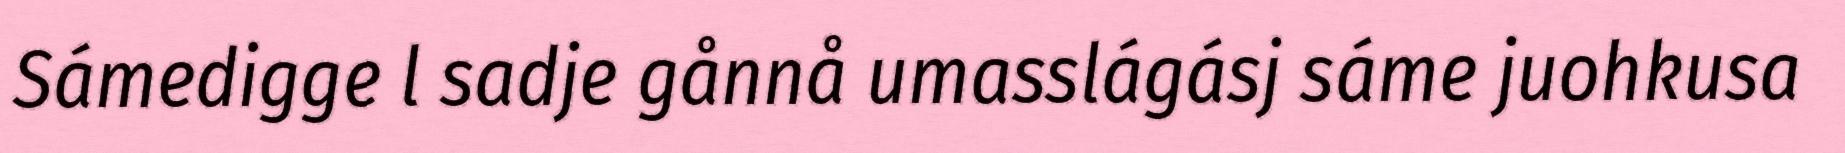
Sámedigge l sadje gånnå umasslágásj sáme juohkusa